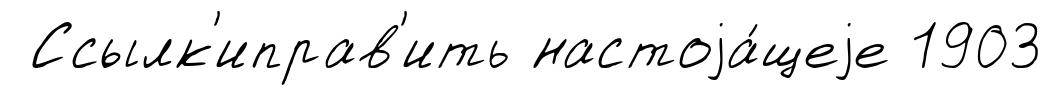
Ссылк'иправ'ить настоjа́щеjе 1903